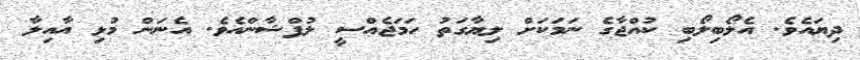
ދިޔައެވެ. އެލޯބިލޯބި ކުއްޖާގެ ނަމަކަށް ލިޔާގަތު ހަމަޖެއްސީ ލުފްޝާންއެވެ. އެނަން މުޅި އާއިލާ